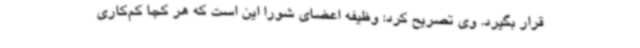
قرار بگیرد. وی تصریح کرد: وظیفه اعضای شورا این است که هر کجا کم‌کاری